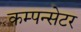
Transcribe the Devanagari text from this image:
कम्पन्सेटर